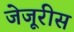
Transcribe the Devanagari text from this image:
जेजूरीस